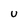
Character: U